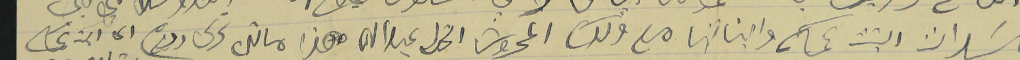
السَيدات البنت عمكم وابناتها مع ولدكم المحروسَ عبدالله هذا ما تره تحريره ودمتم الى ابن عمك